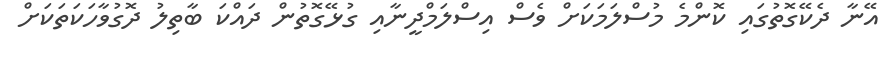
އޭނާ ދެކޭގޮތުގައި ކޮންމެ މުސްލަމަކަށް ވެސް އިސްލަމްދީނާއި ގުޅޭގޮތުން ދައްކަ ބާތިލު ދޮގުވާހަކަތަކަށް